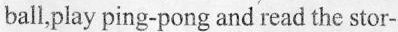
ball,play ping-pong and read the stor-